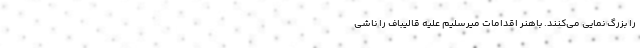
را بزرگ نمایی می‌کنند. باهنر اقدامات میرسلیم علیه قالیباف را ناشی